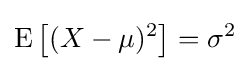
\operatorname {E} \left[(X-\mu )^{2}\right]=\sigma ^{2}